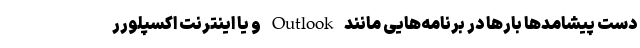
دست پیشامدها بارها در برنامه‌­هایی مانند Outlook و یا اینترنت اکسپلورر